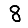
Digit: 8